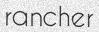
rancher